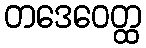
တဒေဝေတ္ထ